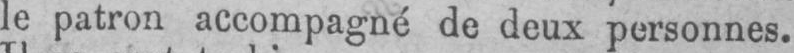
le patron accompagné de deux personnes.